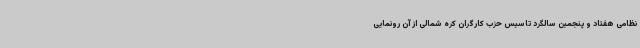
نظامی هفتاد و پنجمین سالگرد تاسیس حزب کارگران کره شمالی از آن رونمایی